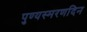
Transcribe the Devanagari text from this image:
पुण्यस्मरणदिन